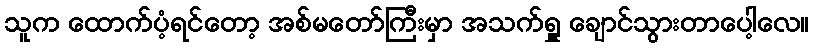
သူက ထောက်ပံ့ရင်တော့ အစ်မတော်ကြီးမှာ အသက်ရှူ ချောင်သွားတာပေါ့လေ။